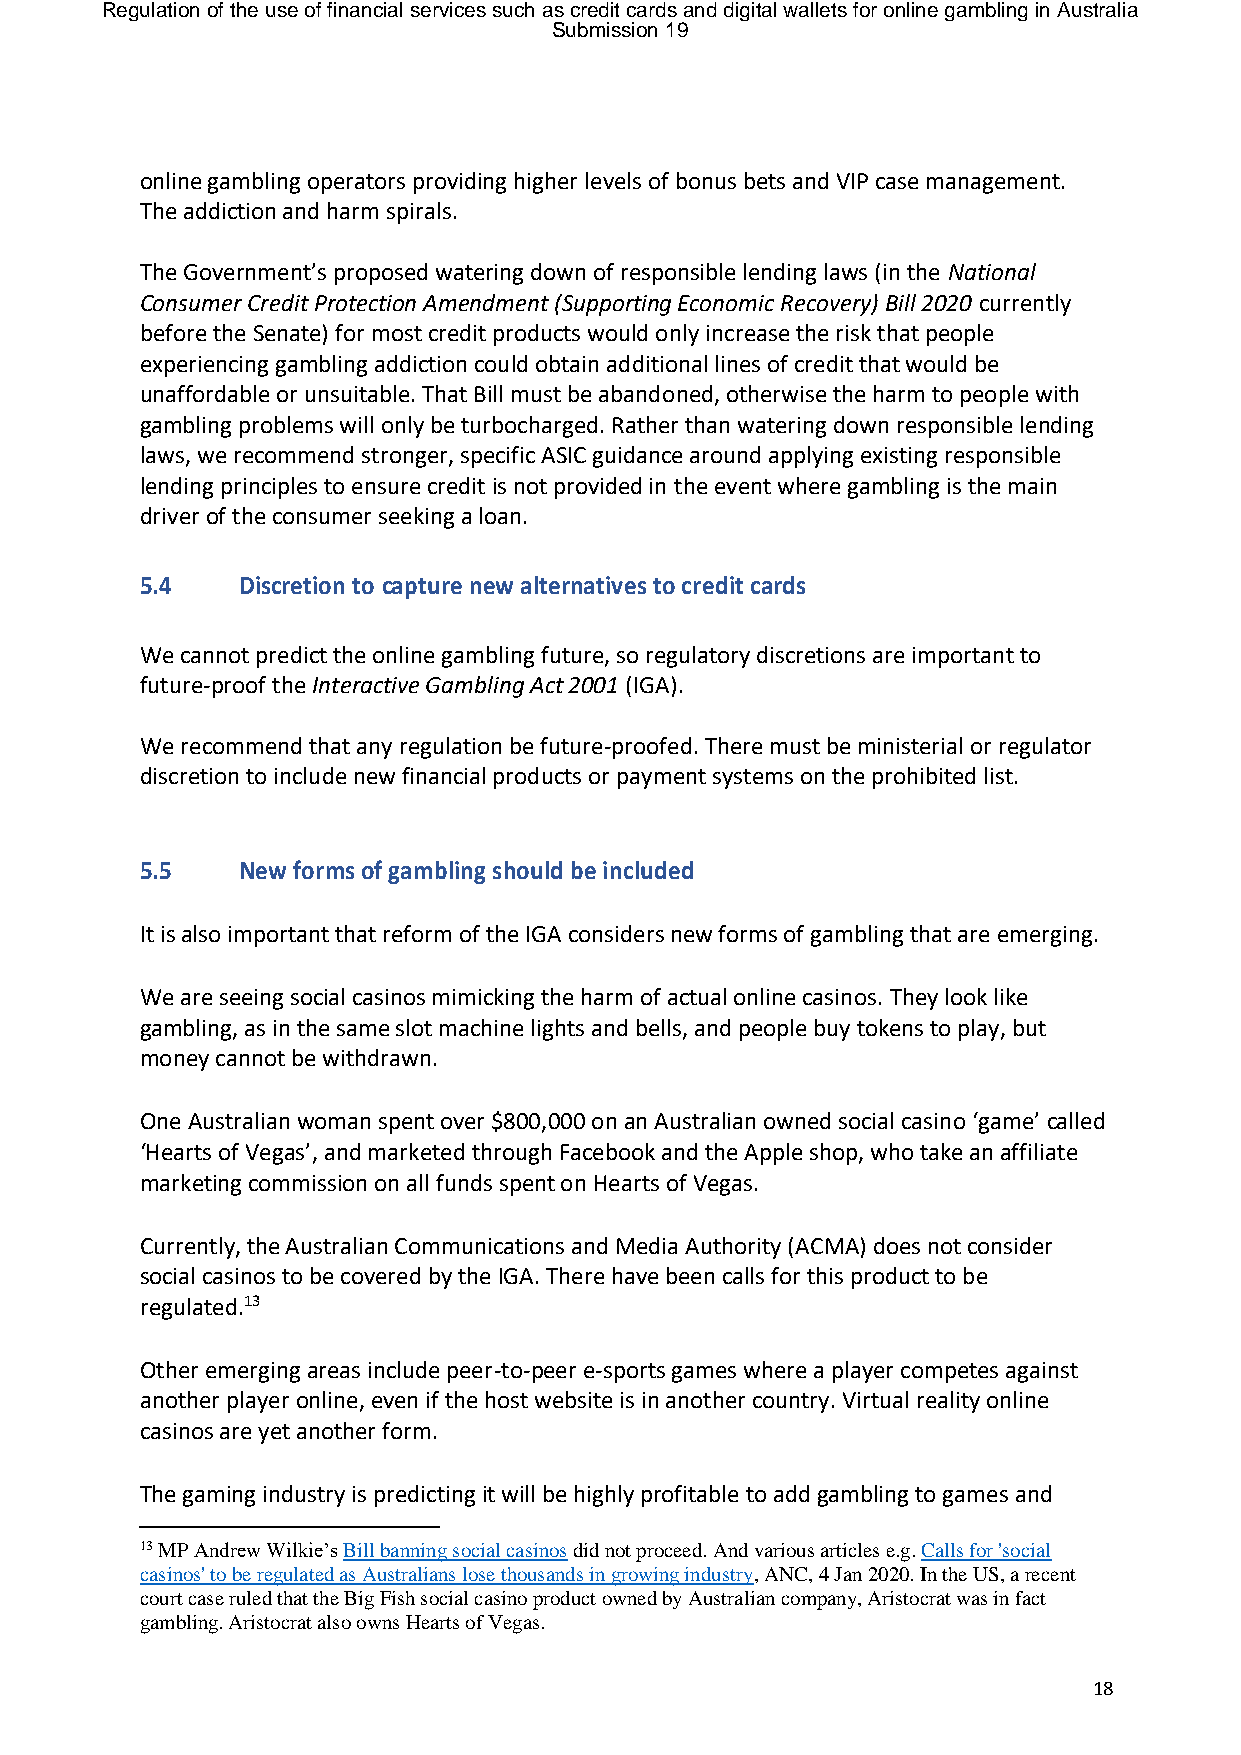
Regulation of the use of financial services such as credit cards and digital wallets for online gambling in Australia
 Submission 19
 online gambling operators providing higher levels of bonus bets and VIP case management.
 The addiction and harm spirals.
 The Government’s proposed watering down of responsible lending laws (in the National
 Consumer Credit Protection Amendment (Supporting Economic Recovery) Bill 2020 currently
 before the Senate) for most credit products would only increase the risk that people
 experiencing gambling addiction could obtain additional lines of credit that would be
 unaffordable or unsuitable. That Bill must be abandoned, otherwise the harm to people with
 gambling problems will only be turbocharged. Rather than watering down responsible lending
 laws, we recommend stronger, specific ASIC guidance around applying existing responsible
 lending principles to ensure credit is not provided in the event where gambling is the main
 driver of the consumer seeking a loan.
 5.4    Discretion to capture new alternatives to credit cards
 We cannot predict the online gambling future, so regulatory discretions are important to
 future-proof the Interactive Gambling Act 2001 (IGA).
 We recommend that any regulation be future-proofed. There must be ministerial or regulator
 discretion to include new financial products or payment systems on the prohibited list.
 5.5    New forms of gambling should be included
 It is also important that reform of the IGA considers new forms of gambling that are emerging.
 We are seeing social casinos mimicking the harm of actual online casinos. They look like
 gambling, as in the same slot machine lights and bells, and people buy tokens to play, but
 money cannot be withdrawn.
 One Australian woman spent over $800,000 on an Australian owned social casino ‘game’ called
 ‘Hearts of Vegas’, and marketed through Facebook and the Apple shop, who take an affiliate
 marketing commission on all funds spent on Hearts of Vegas.
 Currently, the Australian Communications and Media Authority (ACMA) does not consider
 social casinos to be covered by the IGA. There have been calls for this product to be
 regulated.13
 Other emerging areas include peer-to-peer e-sports games where a player competes against
 another player online, even if the host website is in another country. Virtual reality online
 casinos are yet another form.
 The gaming industry is predicting it will be highly profitable to add gambling to games and
 13 MP Andrew Wilkie’s Bill banning social casinos did not proceed. And various articles e.g. Calls for 'social
 casinos' to be regulated as Australians lose thousands in growing industry, ANC, 4 Jan 2020. In the US, a recent
 court case ruled that the Big Fish social casino product owned by Australian company, Aristocrat was in fact
 gambling. Aristocrat also owns Hearts of Vegas.
 18